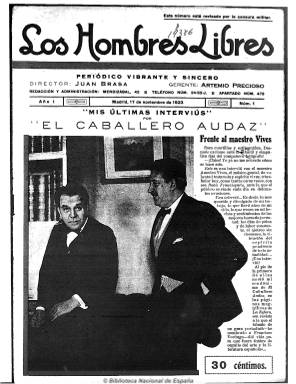
Título: Los Hombres libres
Colección: Periódicos
Ámbito geográfico: Madrid
Lugar de publicación: Madrid
Fechas: 17/11/1923-15/12/1923

Se trata de una publicación semanal poco conocida que, con el subtítulo “periódico vibrante y sincero”, empieza a publicarse a los dos meses de efectuarse el golpe de Estado del general Miguel Primero de Rivero, el 17 de noviembre de 1923. Aparece como su gerente el escritor y editor Artemio Precioso (1891-1945), que la utilizará como medio de propaganda de la colección La novela de hoy (1922-1932), que dirigía, y de la Editorial Atlántida, de la que era propietario, incluyendo en las dos últimas páginas de la revista publicidad de sus ediciones. Precioso llegaría a ser políticamente perseguido por la dictadura y acabaría exiliándose a París en 1927. También aparece Juan Brasa como director de la publicación. Probablemente se trate del periodista y también escritor gallego Juan Brasa Sánchez (1891-19..), quien previamente había sido redactor de La acción (1916-1934) de Manuel Delgado Barreto y que, posteriormente, en la posguerra llegaría a ser dirigente de la prensa franquista.

Revisada por la censura militar, es una publicación “aparatosa”, por cuanto su estructura, composición tipográfica y contenidos forman una amalgama de textos, fotografías e ilustraciones algo caóticas. Publica artículos de marcado carácter político, mezclando el estilo serio con el jocoso, relativos al régimen dictatorial recientemente establecido, y en algunos de ellos se muestra declaradamente antimaurista y anticiervista, y en otros favorables a Ángel Ossorio Gallardo. Inserta entrevistas de El Caballero Audaz bajo el epígrafe “Mis últimas intrerviús”, y dedica un amplio espacio reservado a asuntos de teatro, en el que opinan Catalina Bárcena, Gloria Guzmán o Mary Isaura. El propio Artemio Precioso es autor de algunos textos bajo los epígrafes “De todo un poco” y “De aquí y de allá”, mientras que Joaquín Belda es el autor de una sección que titula “Desde mi taxis”. También tiene otra sección titulada “Los libros de la semana”, en la que en alguna ocasión aparece la firma de Aureliano Linares Rivas, y publica algún otro texto sobre pintura, de Mariano Tomás, o algunos dibujos humorísticos, alguno de ellos bajo la firma de Díaz-Antón.

Pero lo que también destaca de esta variopinta publicación son las dos páginas dedicadas al mundo de los toros que aparecen bajo la cabecera The Kon Leche, la publicación taurina que había aparecido entre 1912 y 1916 dirigida por Kurro Kastañares. En su presentación había señalado que “jamás nos introduciremos en el sagrado de la vida privada de los hombres a los que combatiremos. Ni injuriaremos a nadie”, quizá en referencia al libelismo practicado por La acción, de donde procedía su director, y resalta asimismo en este semanario la cantidad de lemas o frases publicitarias que la propia revista inserta por doquier en sus páginas.

Hay también textos bajos las firmas de Francisco Camba, Felipe Sassone, Manuel Bueno, José Campúa, Emilio Carrere, Juan Chantre o Valentín de Pedro. Salía los sábados, en números de dieciséis páginas y compuesta a tres columnas, y en el número cinco, de 15 de diciembre de 1923, aparece un espacio en blanco sin el texto que bajo el título “Vibraciones” había escrito su propio director, Juan Brasa, y que había sido censurado. También incluye una petición dirigida al presidente del Directorio Militar en la que le solicita la implantación de una ley del divorcio en España, firmada por Juan Ferragut. Su vida fue, por tanto, fugaz, y su desaparición motivada muy probablemente por la censura militar primoriverista.